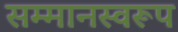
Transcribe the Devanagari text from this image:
सम्‍मानस्‍वरूप